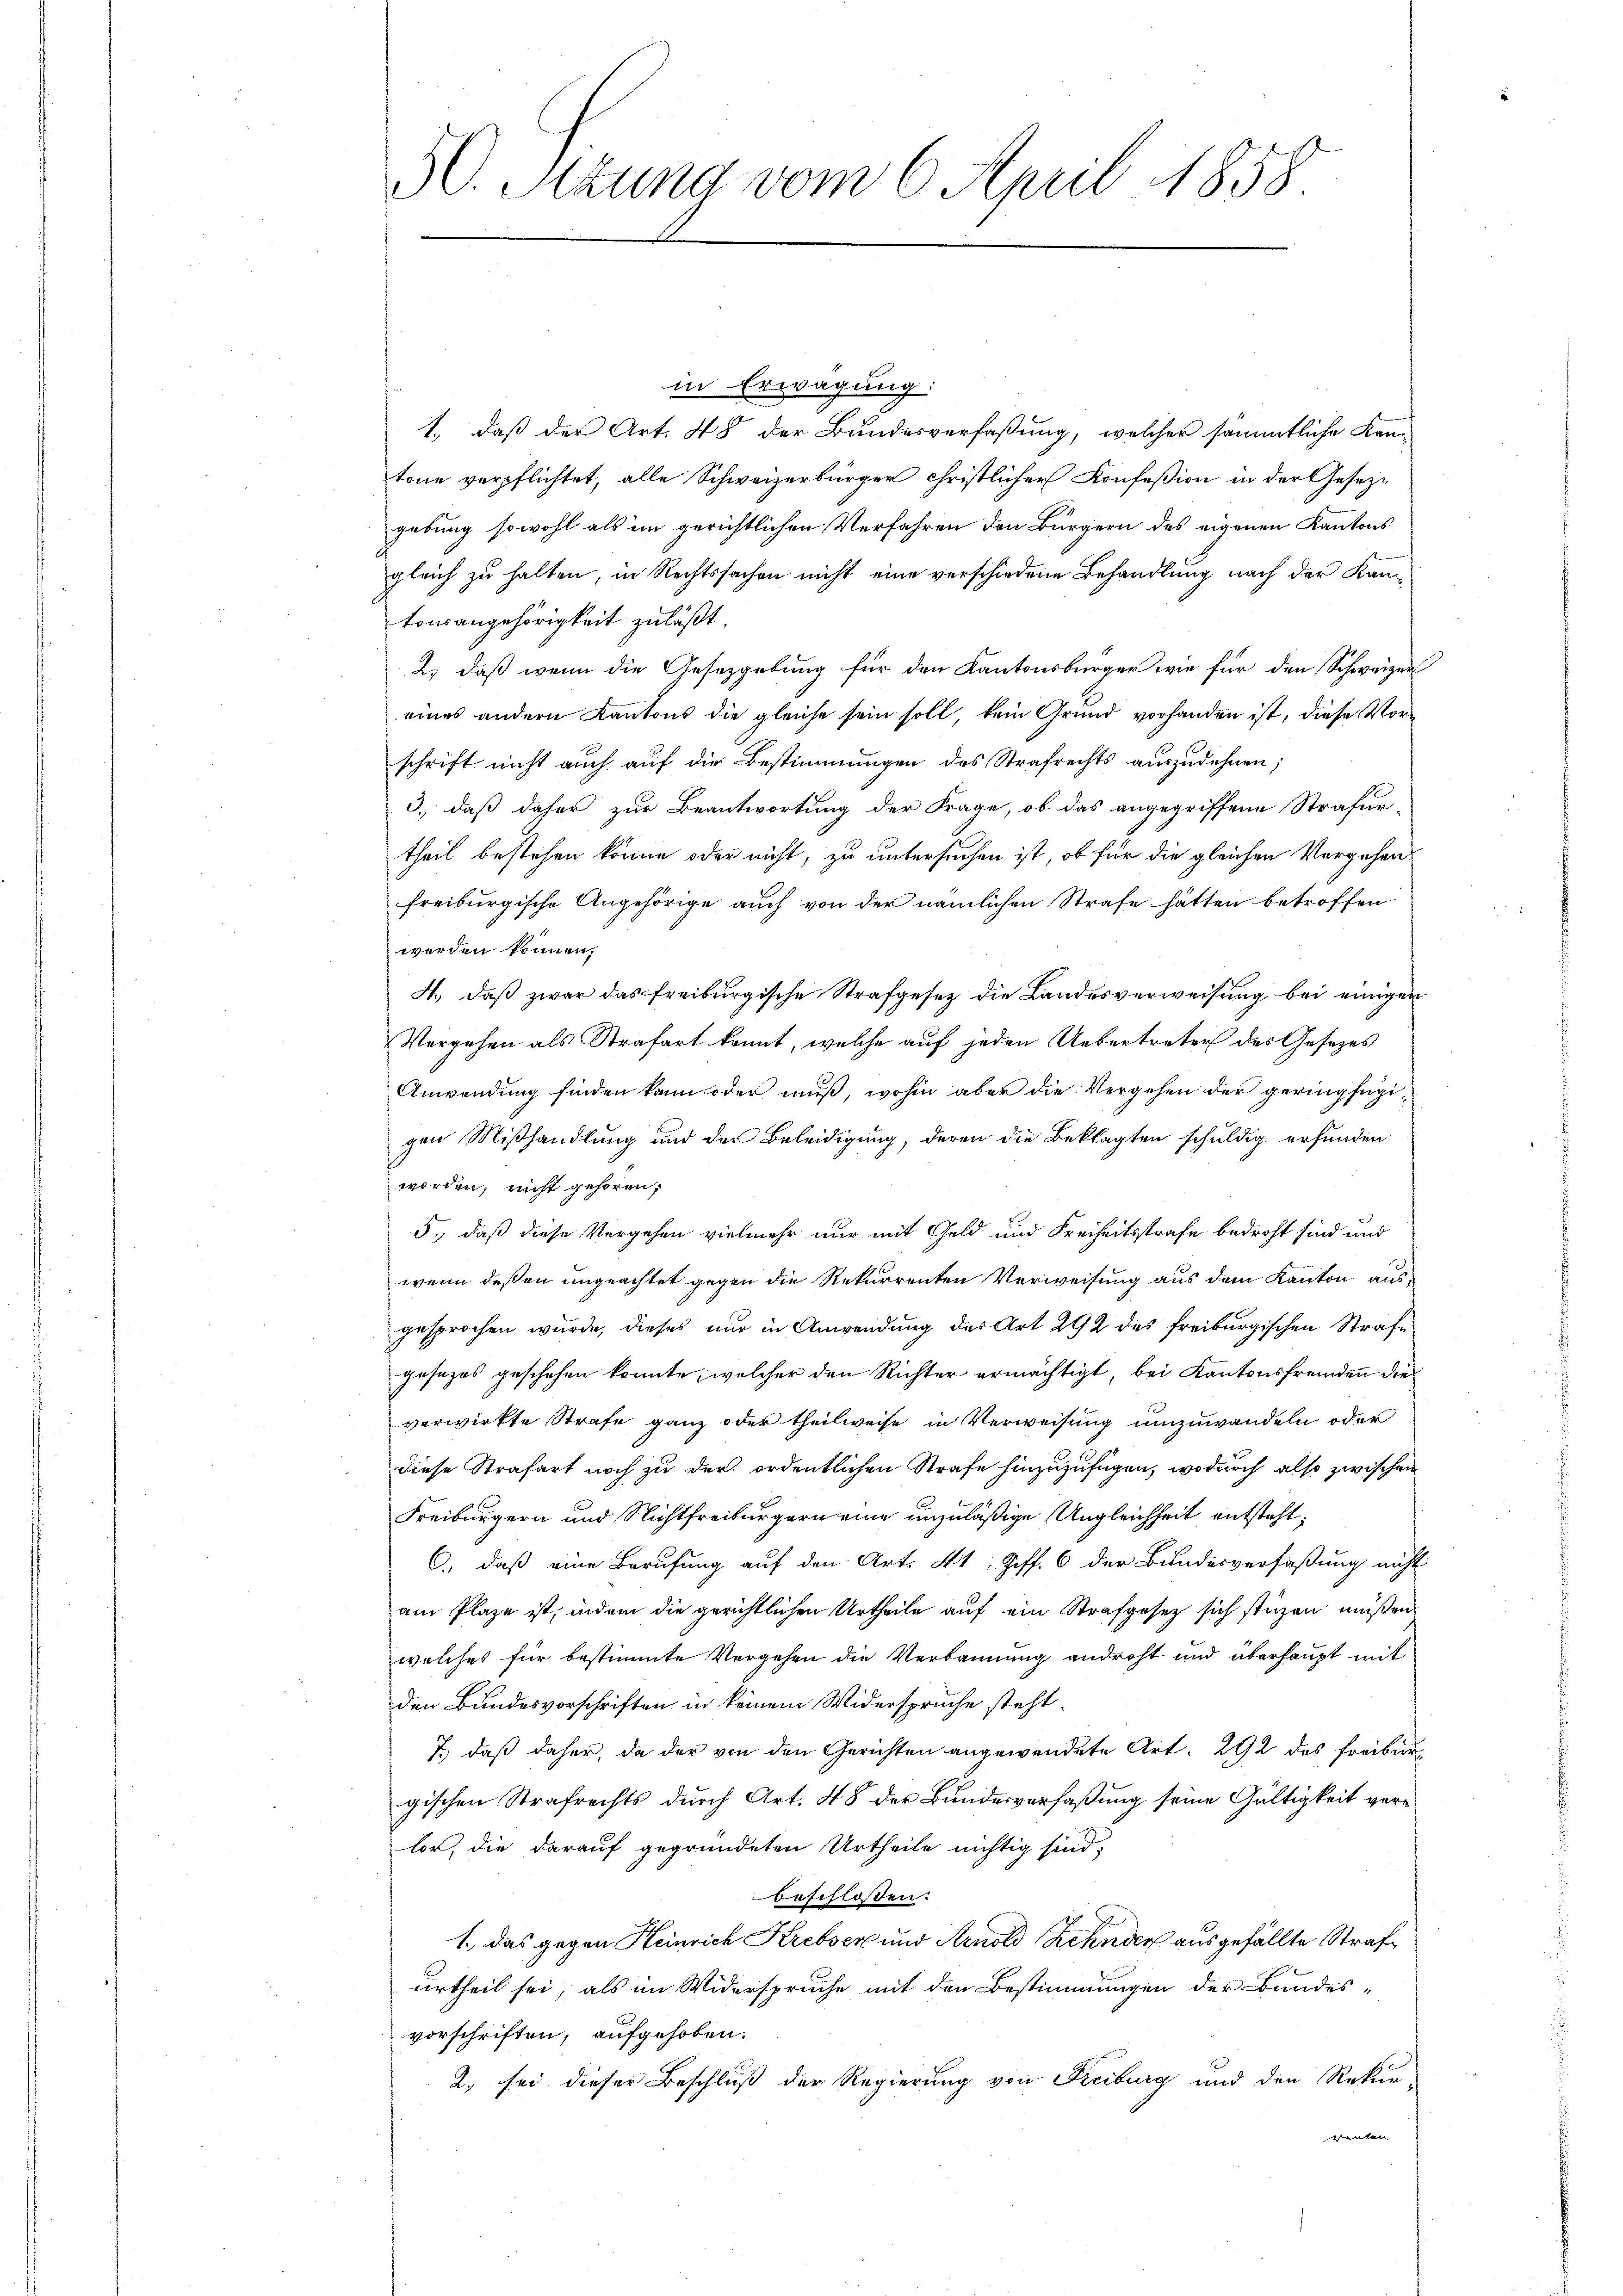
50. Sizung vom 6. April 1858

in Erwägung:
1., daß der Art. 48 der Bundesverfaßung, welcher sämmtliche Kan-
tone verpflichtet, alle Schweizerbürger christlicher Konfeßion in der Gesezgebung sowohl als im gerichtlichen Verfahren den Bürgern des eigenen Kantons
gleich zu halten, in Rechtssachen nicht eine verschiedene Behandlung nach der Kan
tonsangehörigkeit zuläßt.
2) daß wenn die Gesetzgebung für den Kantonsbürger wie für den Schweizer
eines andern Kantons die gleiche sein soll, kein Grund vorhanden ist, diese Vorschrift nicht auch auf die Bestimmungen des Strafrechts auszudehnen;
3., daß daher zur Beantwortung der Frage, ob das angegriffene Strafurtheil bestehen könne oder nicht, zu untersuchen ist, ob für die gleichen Vergehen
freiburgische Angehörige auch von der nämlichen Strafe hätten betroffen
werden können.
A., daß zwar das freiburgische Strafgesetz die Landesverweisung bei einigen
Vergehen als Strafart kannt, welche auf jeden Uebertreter des Gesezes
Anwendung finden kann oder muß, wohin aber die Vergehen der geringfügigen Mißhandlung und der Beleidigung, deren die Beklagten schuldig erfunden
worden, nicht gehören,
5., daß diese Vergehen vielmehr nur mit Geld und Freiheitsstrafe bedroht sind und
wenn deßen ungeachtet gegen die Rekurrenten Verweisung aus dem Kanton ausgesprochen wurde, dieses nur in Anwendung der Art 292 des freiburgischen Strafe
gesezes geschehen konnte, welcher den Richter ermächtigt, bei Kantonsfremden die
verwirkte Strafe ganz oder theilweise in Verweisung umzuwandeln oder
diese Strafart noch zu der ordentlichen Strafe hinzuzufügen, wodurch also zwischen
Freiburgern und Nichtfreiburgern eine unzuläßige Ungleichheit entsteht;
C.) daß eine Berufung auf den Art. 41 Ziff. 6 der Bundesverfaßung nicht
am Plaze ist, indem die gerichtlichen Urtheile auf ein Strafgesetz sich stüzen müßen
welches für bestimmte Vergehen die Verbannung androht und überhaupt mit
den Bundesvorschriften in keinem Widerspruche steht.
7.) daß daher, da der von den Gerichten angewendete Art. 292 des Freibur
gischen Strafrechts durch Art. 48 der Bundesverfaßung seine Gültigkeit verlor, die darauf gegründeten Urtheile nichtig sind;
beschlossen:
1., das gegen Heinrich Krebser und Arnold Zehnder ausgefällte Strafurtheil sei, als im Widerspruche mit den Bestimmungen der Bundes-
vorschriften, aufgehoben.
2. sei dieser Beschluß der Regierung von Freiburg und den Rekur-
venten |